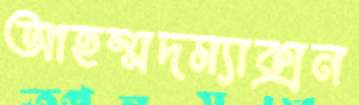
আহম্মদম্যাক্সন